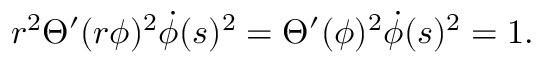
r ^ { 2 } \Theta ^ { \prime } ( r \phi ) ^ { 2 } \dot { \phi } ( s ) ^ { 2 } = \Theta ^ { \prime } ( \phi ) ^ { 2 } \dot { \phi } ( s ) ^ { 2 } = 1 .